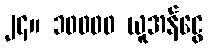
၂၄။ ၁၀၀၀၀ ယူအန်ငွေ